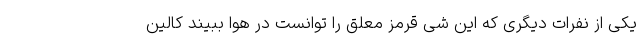
یکی از نفرات دیگری که این شی قرمز معلق را توانست در هوا ببیند کالین